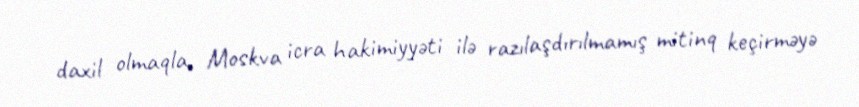
daxil olmaqla, Moskva icra hakimiyyəti ilə razılaşdırılmamış mitinq keçirməyə